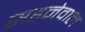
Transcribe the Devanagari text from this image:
सहनेवाल